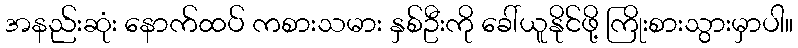
အနည်းဆုံး နောက်ထပ် ကစားသမား နှစ်ဦးကို ခေါ်ယူနိုင်ဖို့ ကြိုးစားသွားမှာပါ။